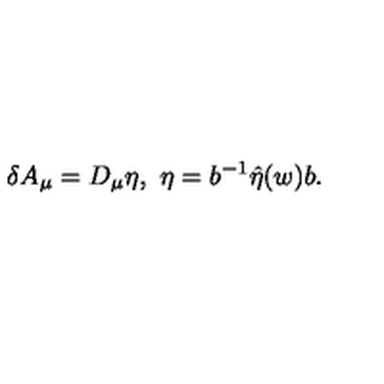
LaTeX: \delta A _ { \mu } = D _ { \mu } \eta , \ \eta = b ^ { - 1 } \hat { \eta } ( w ) b .